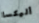
أليكسا